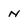
Character: N